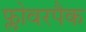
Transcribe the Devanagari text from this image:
फ्लोवरपैक